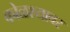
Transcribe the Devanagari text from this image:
कोळश्यावर